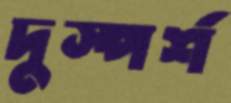
দুস্পর্শ